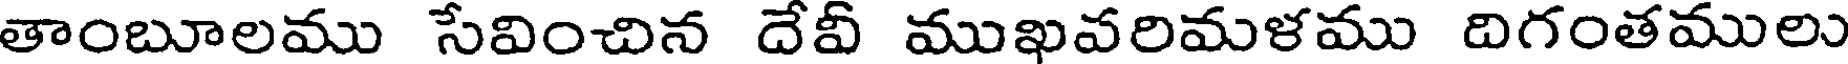
తాంబూలము సేవించిన దేవీ ముఖవరిమళము దిగంతములు